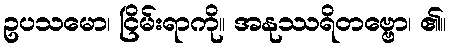
ဥပသမော၊ ငြိမ်းရာကို။ အနုဿရိတဗ္ဗော၊ ၏။